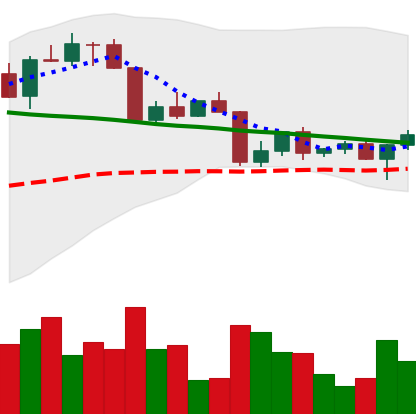
Ticker: ETH-USD
Chart end date: 2022-04-19
Forward return: -5.843%
Label: down_5_7